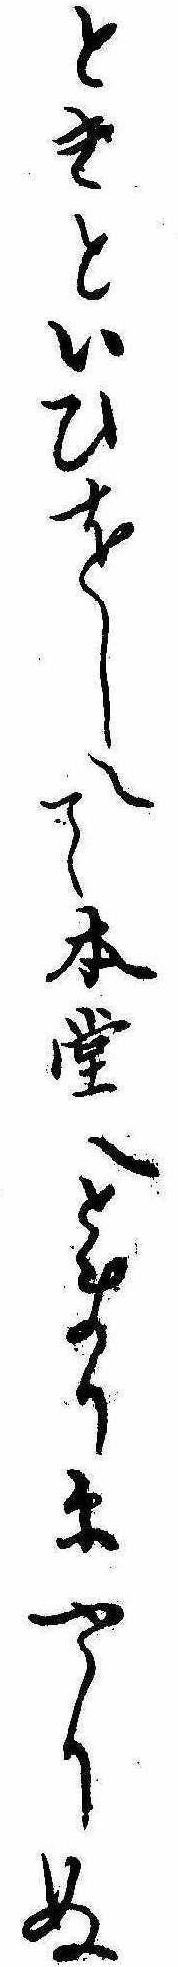
ときといひをしへて本堂へとまりにやりぬ